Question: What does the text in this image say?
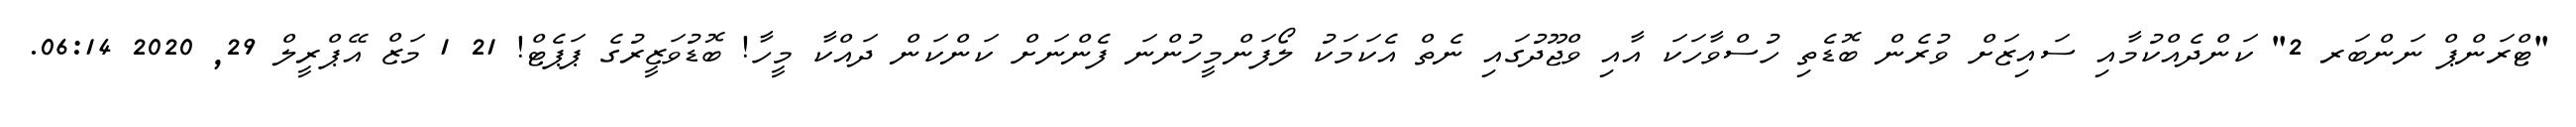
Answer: "ޓްރަންޕް ނަންބަރ 2" ކަންދެއްކުމާއި ސައިޒަށް ވުރެން ބޮޑެތި ހުސްވާހަކަ އާއި ވްޖޫދުގައި ނެތް އެކަމަކު ލޯފަންމީހުންނަ ފެންނަށް ކަންކަން ދައްކާ މީހާ! ބޮޑުވަޒީރުގެ ޕަޕެޓް! 21 1 މަޒް އޭޕްރީލް 29, 2020 06:14.